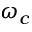
\omega _ { c }